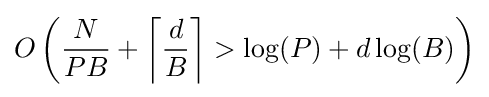
O\left({\frac {N}{PB}}+\left\lceil {\frac {d}{B}}\right\rceil >\log(P)+d\log(B)\right)